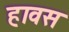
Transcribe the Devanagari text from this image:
हावस